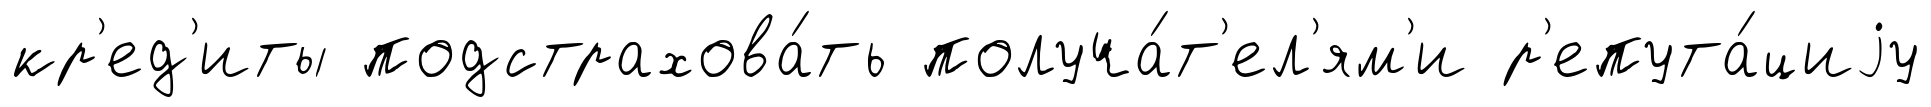
кр'ед'иты подстрахова́ть получа́т'ел'ям'и р'епута́циjу